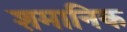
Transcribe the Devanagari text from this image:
शमानिक